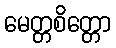
မေတ္တစိတ္တော